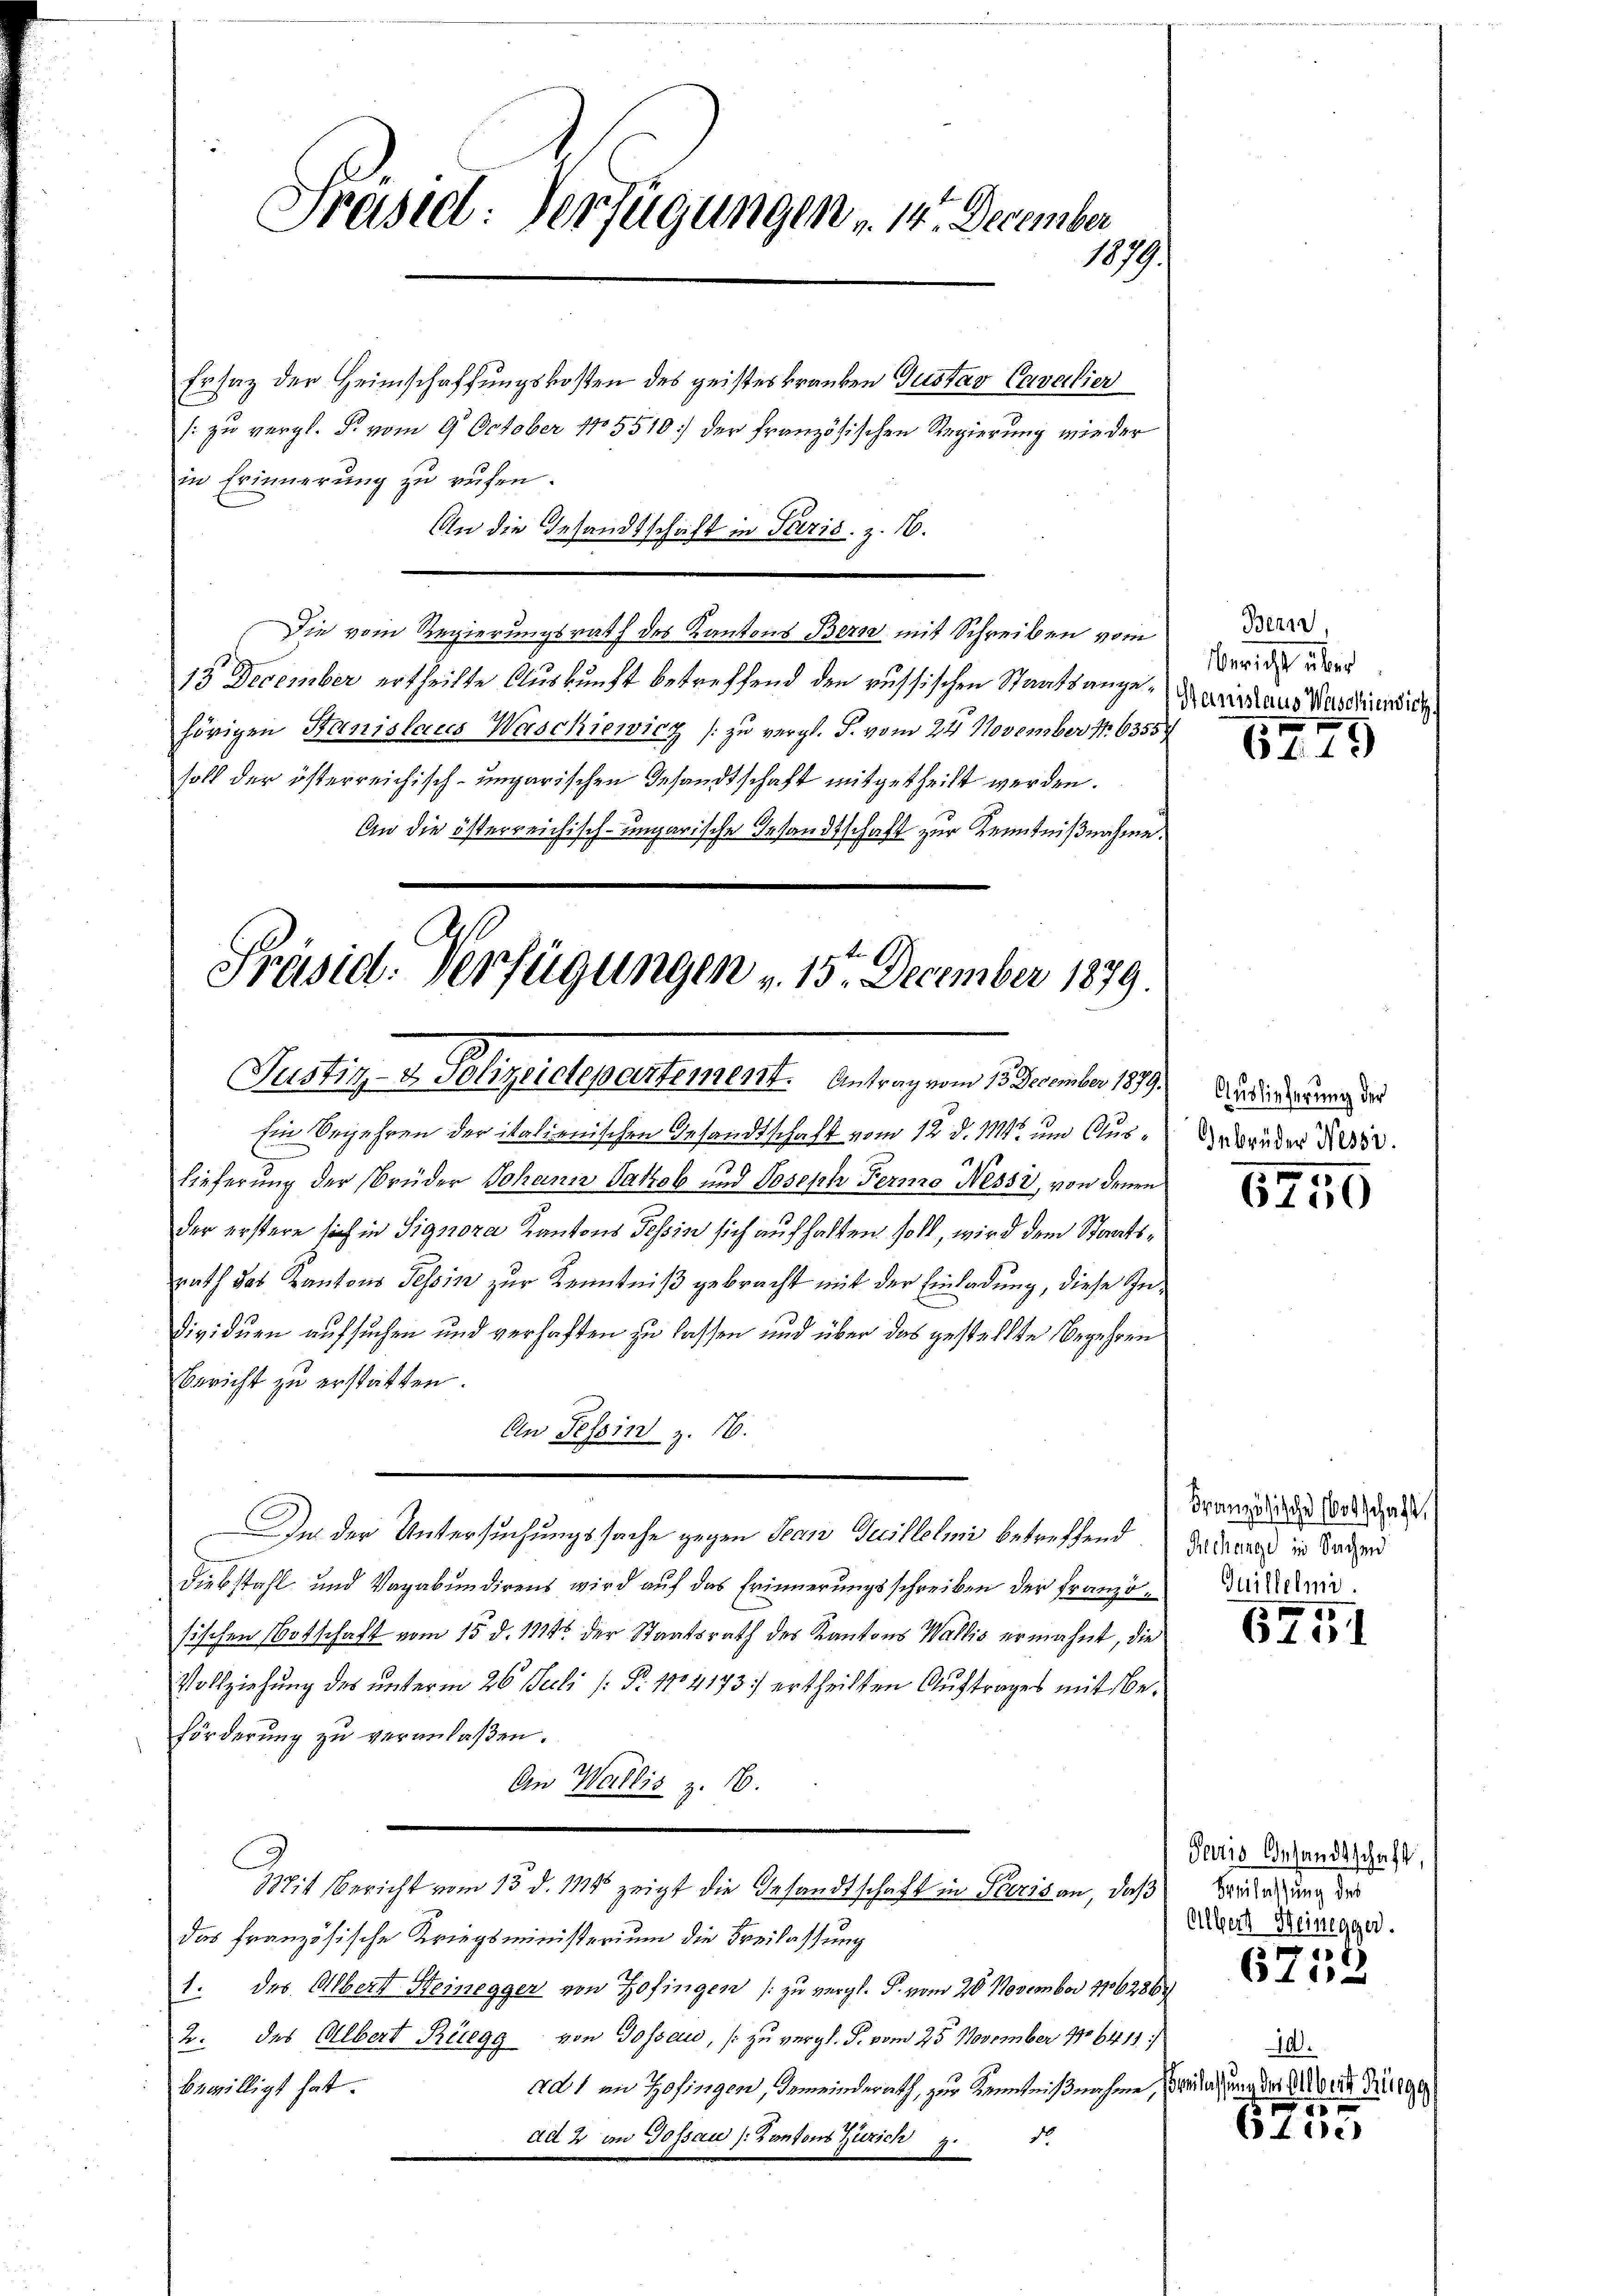
Ersatz der Heimschaffungskosten des geisteskranken Gustav Cavalier
s: zu vergl. P. vom 9. October 185510 der französischen Regierung wie der
in Erinnerung zu rufen.
An die Gesandtschaft in Paris. Z. 16.
Die vom Regierungsrath des Kantons Bern mit Schreiben vom
13 December ertheilte Auskunft betreffend den russischen Staatsange-Kaninaus Maschien die
hörigen Stanislaues Waschiewicz (zu vergl. J. vom 24. November 16355
soll der österreichisch-ungarischen Gesandtschaft mitgetheilt werden.
An die österreichisch-ungarische Gesandtschaft zur Kenntnißnahme.

Präsiel. Verfügungen v. 14. December
1079.

Ein Begehren der italienischen Gesandtschaft vom 12. d. 114 und Aus¬
8
lieferung der Brüder Johann Satzel und Joseph Fermo Nessi, von denen
der erstere sich in Signora Kantons Tessin sich aufhalten soll, wird dem Staatsrath das Kantons Tessin zur Kenntniß gebracht mit der Einladung, diese Individuen aufsuchen und verhaften zu lassen und über das gestellte Begehren
Bericht zu erstatten.
An Tessin z. 16.
Diebstahl und Vagabundirens wird auf das Erinnerungsschreiben der französischen Botschaft vom 15. d. 1178 der Staatsrath des Kantons Wallis ermahnt, die
Vollziehung des unterm 26. Juli (: Nr. 1104173/ ertheilten Auftrages mit Beförderung zu veranlaßen.
An Wallis z. 16.
Mit Bericht vom 15. d. 114 zeigt die Gesandtschaft in Paris an, daß
das französische Kriegsministerium die Freilassung
1. des Albert Heinegger von Zofingen (zu vergl. P. vom 20. November 176286/
2. des Albert Rüegg von Gossau, zu vergl. S. vom 25. November 1886411/
bewilligt hat.
d1 in Zofingen, Gemeinderath, zur Kenntnißnahme, (wahrung der Mord mitge
ad 2 an Gossau [Kantons Zürich

Präsid. Verfügungen v. 15. December 1879.
Justiz, v. Gelegelegenheiment, antragen Berner 1890.

In der Untersuchungssache gegen Jean Decillelmi betreffend Gadebus in Baden

Bern,
Bericht über

6779

Auslieferung der
Gebrüder Nessi.

6750

Französische Botschaft,
Quillelmi.

6751

Pertis Gesandtschaft,
ealte, da
Albert Heinegger.
d

6102

10.
x

6400